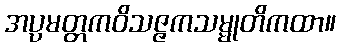
အပ္ပမတ္တကဝိသဇ္ဇကသမ္မုတိကထာ။